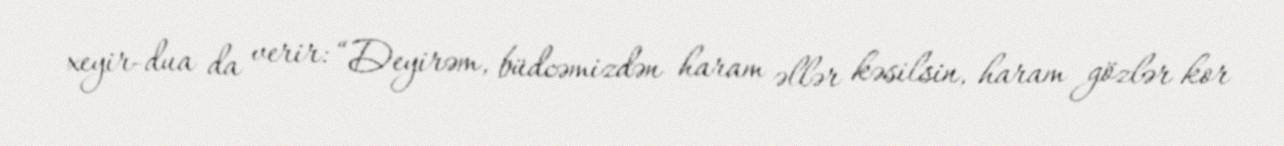
xeyir-dua da verir: “Deyirəm, büdcəmizdən haram əllər kəsilsin, haram gözlər kor